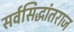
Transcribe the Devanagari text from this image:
सर्वसिद्धांतराज